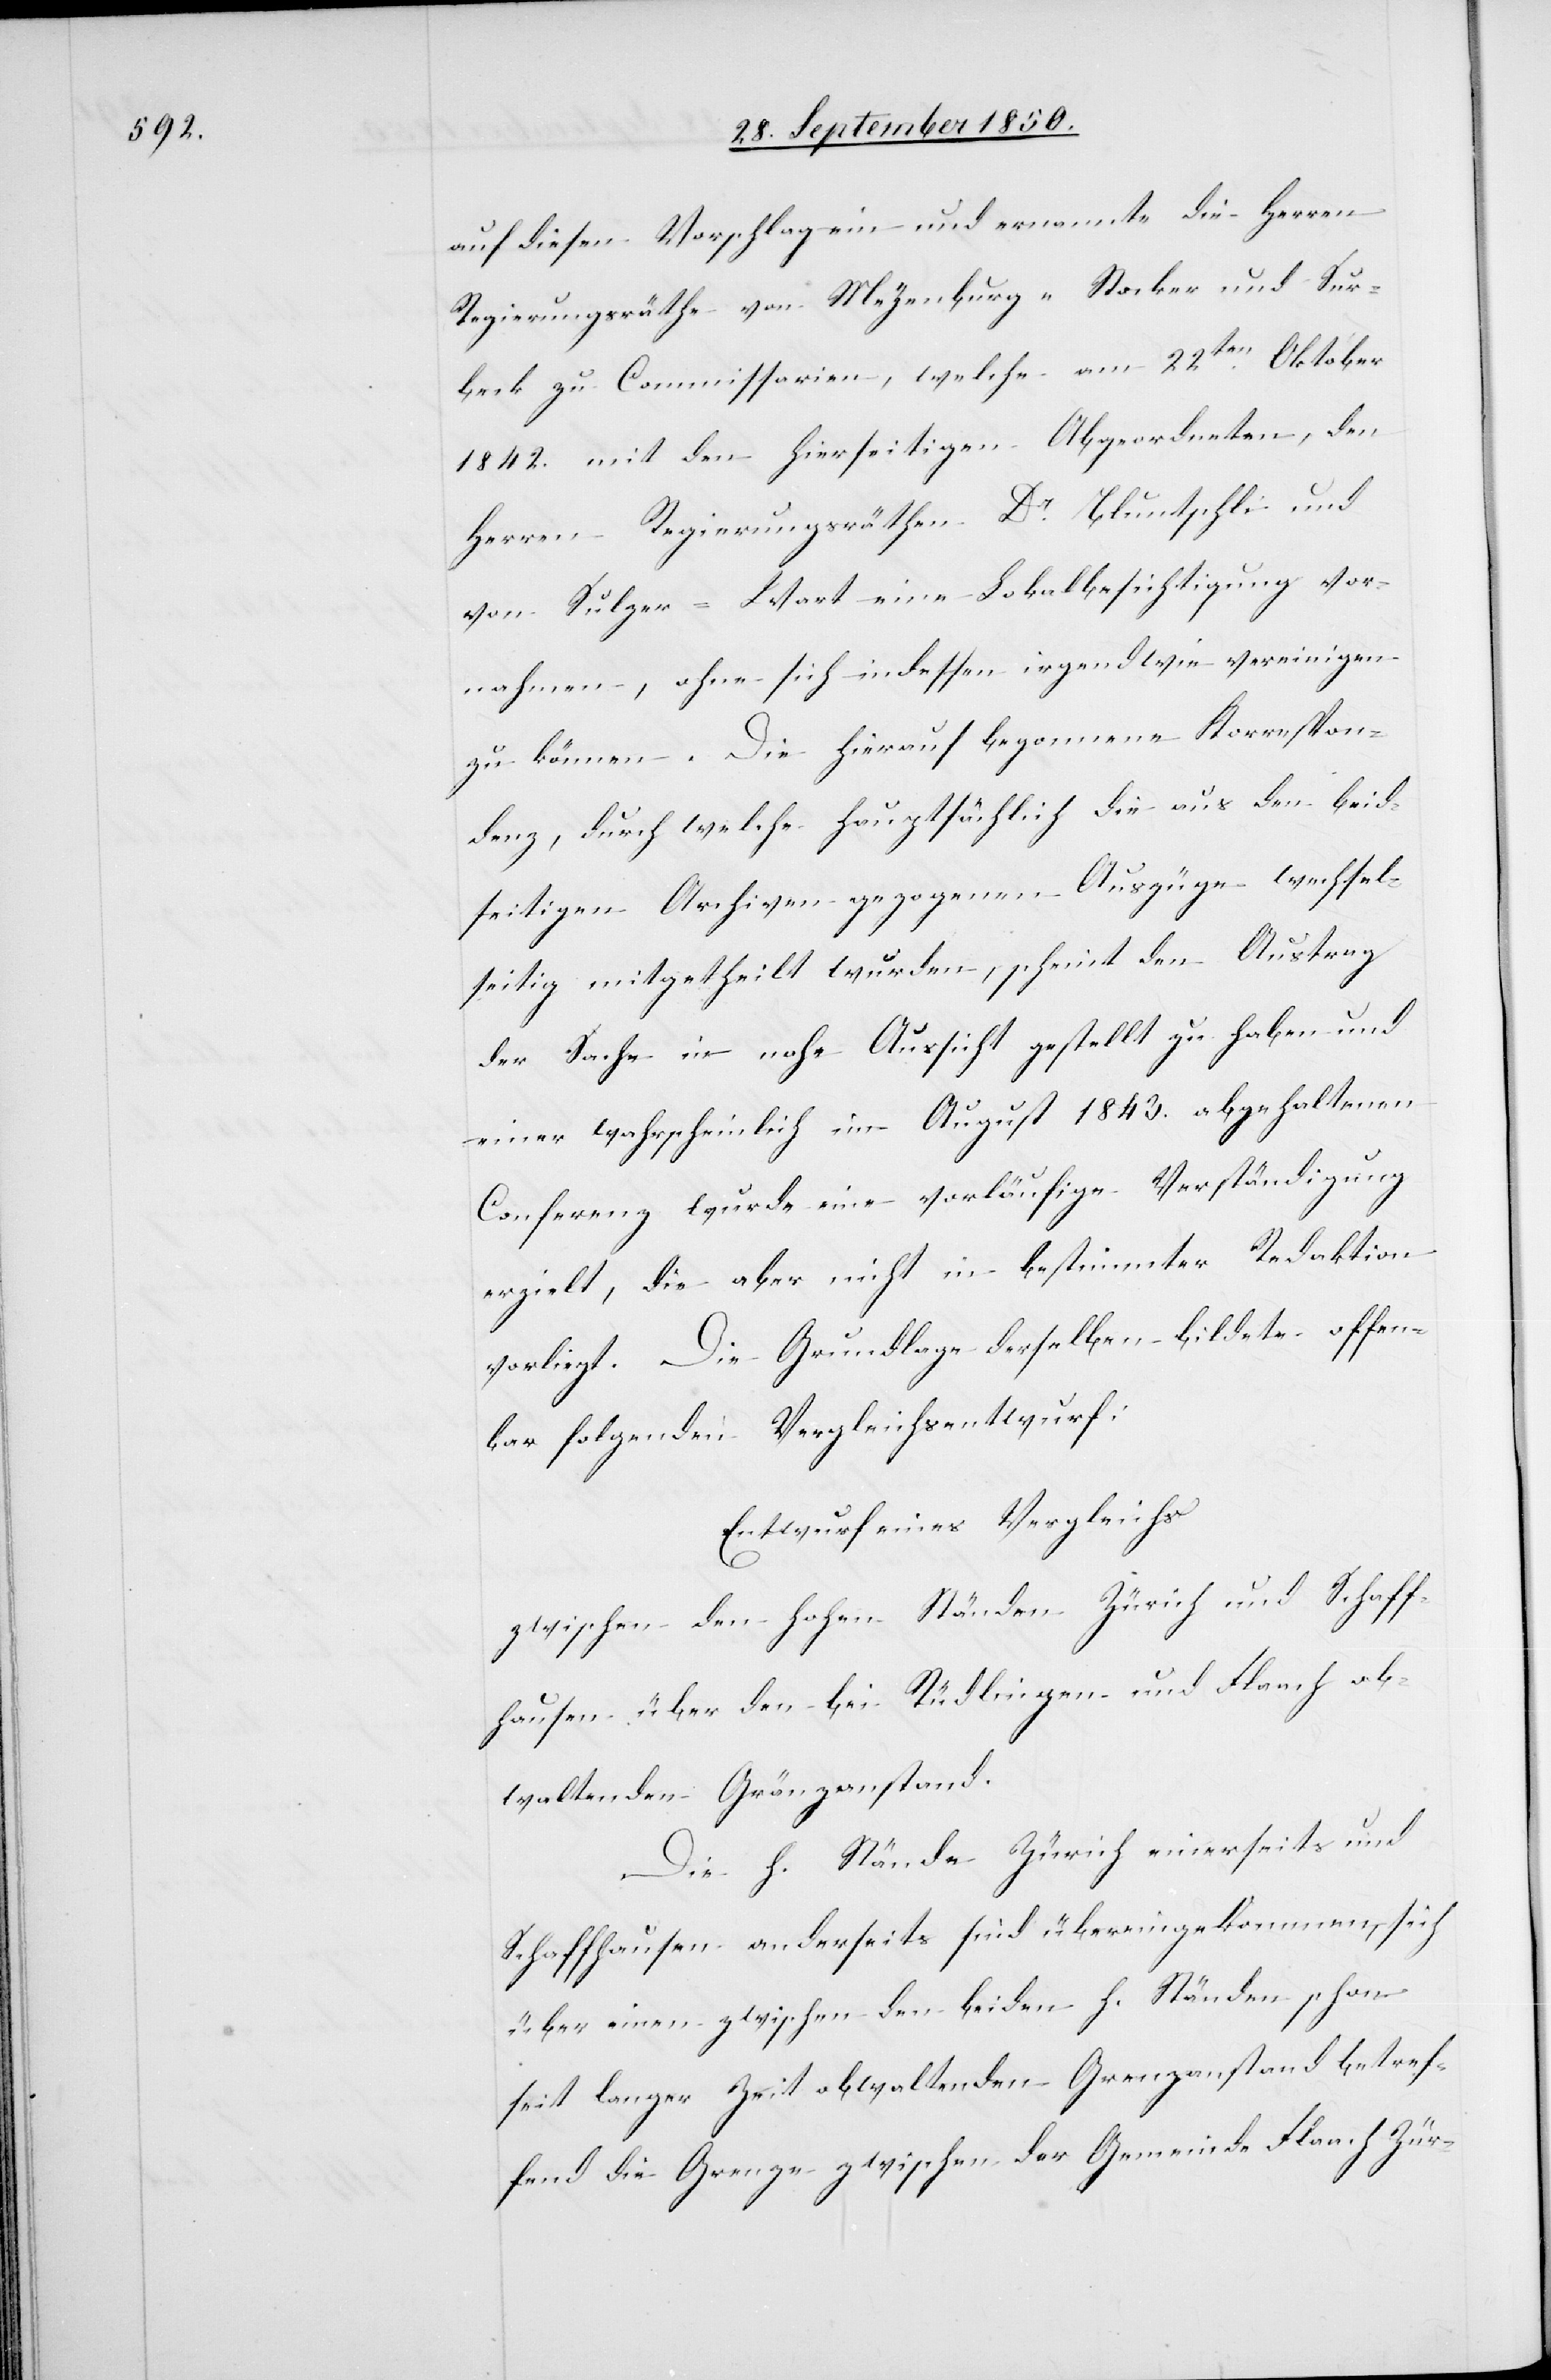
auf diesen Vorschlag ein und ernannte die Herren
Regierungsräthe von Meyenburg-Stocker und Sur¬
beck zu Commissarien, welche am 22ten Oktober
1842. mit den hierseitigen Abgeordneten, den
Herren Regierungsräthen Dr. Bluntschli und
von Sulzer-Wart eine Lokalbesichtigung vor¬
nahmen, ohne sich indessen irgendwie vereinigen
zu können. Die hierauf begonnene Korrespon¬
denz, durch welche hauptsächlich die aus den beid¬
seitigen Archiven gezogenen Auszüge wechsel¬
seitig mitgetheilt wurden, scheint den Austrag
der Sache in nahe Aussicht gestellt zu haben und
einer wahrscheinlich im August 1843. abgehaltenen
Conferenz wurde eine vorläufige Verständigung
erzielt, die aber nicht in bestimmter Redaktion
vorliegt. Die Grundlage derselben bildete offen¬
bar folgenden Vergleichsentwurf.
Entwurf eines Vergleichs
zwischen den hohen ständen Zürich und Schaff¬
hausen über den bei Rüdlingen und Flaach ob¬
waltenden Gränzanstand.
Die h. Stände Zürich einerseits und
Schaffhausen anderseits sind übereingekommen, sich
über eine zwischen den beiden h. Ständen schon
seit langer Zeit obwaltenden Grenzanstand betref¬
fend die Grenze zwischen der Gemeinde Flaach Zür-